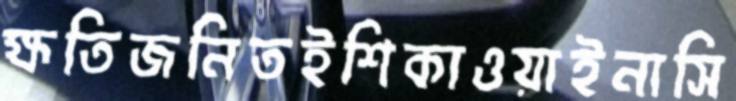
ক্ষতিজনিতইশিকাওয়াইনাসি